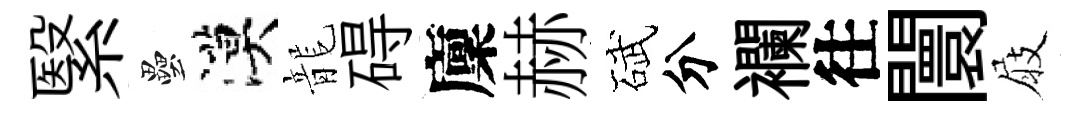
繄壘漠龍碍廩赫碔分襴往闤屐